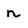
Character: n